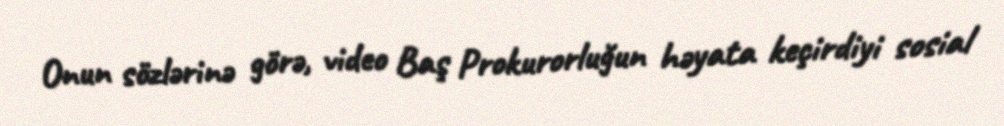
Onun sözlərinə görə, video Baş Prokurorluğun həyata keçirdiyi sosial